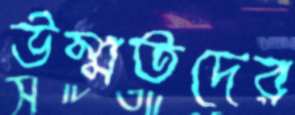
উম্মতদের